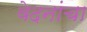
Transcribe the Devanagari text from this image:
वेदनांचा